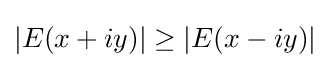
|E(x+iy)|\geq |E(x-iy)|